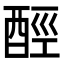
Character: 𨠸